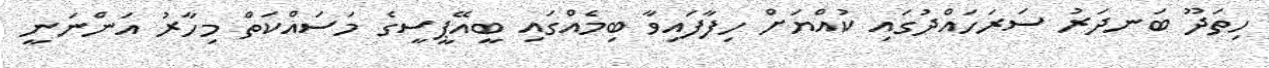
ހިތަދޫ ބަނދަރު ސަރަހައްދުގައި ކުއްޔަށް ހިފާފައިވާ ބިމެއްގައި ބީއޭޕީސީގެ މަސައްކަތް މިހާރު އަންނަނީ